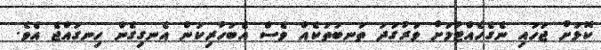
ކޮޅަށް ޖަހައި ނެގެހެއްޓުމަށް ވަރުގަދަ ތަނބުތަކެއް ވެސް އެބަހުރިކަން އެނގިގެން ހިނގައްޖެ އެވެ.